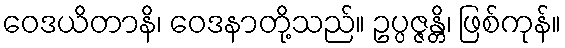
ဝေဒယိတာနိ၊ ဝေဒနာတို့သည်။ ဥပ္ပဇ္ဇန္တိ၊ ဖြစ်ကုန်။